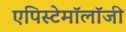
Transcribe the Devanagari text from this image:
एपिस्टेमॉलॉजी